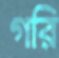
গরি